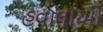
હવાલાઓ